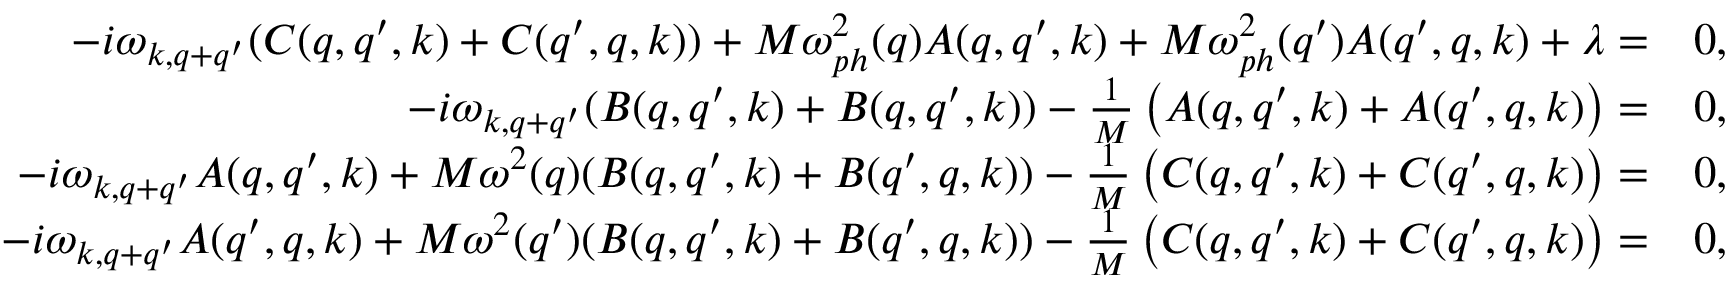
\begin{array} { r l } { - i \omega _ { k , q + q ^ { \prime } } ( C ( q , q ^ { \prime } , k ) + C ( q ^ { \prime } , q , k ) ) + M \omega _ { p h } ^ { 2 } ( q ) A ( q , q ^ { \prime } , k ) + M \omega _ { p h } ^ { 2 } ( q ^ { \prime } ) A ( q ^ { \prime } , q , k ) + \lambda = } & { 0 , } \\ { - i \omega _ { k , q + q ^ { \prime } } ( B ( q , q ^ { \prime } , k ) + B ( q , q ^ { \prime } , k ) ) - \frac { 1 } { M } \left( A ( q , q ^ { \prime } , k ) + A ( q ^ { \prime } , q , k ) \right) = } & { 0 , } \\ { - i \omega _ { k , q + q ^ { \prime } } A ( q , q ^ { \prime } , k ) + M \omega ^ { 2 } ( q ) ( B ( q , q ^ { \prime } , k ) + B ( q ^ { \prime } , q , k ) ) - \frac { 1 } { M } \left( C ( q , q ^ { \prime } , k ) + C ( q ^ { \prime } , q , k ) \right) = } & { 0 , } \\ { - i \omega _ { k , q + q ^ { \prime } } A ( q ^ { \prime } , q , k ) + M \omega ^ { 2 } ( q ^ { \prime } ) ( B ( q , q ^ { \prime } , k ) + B ( q ^ { \prime } , q , k ) ) - \frac { 1 } { M } \left( C ( q , q ^ { \prime } , k ) + C ( q ^ { \prime } , q , k ) \right) = } & { 0 , } \end{array}